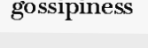
gossipiness